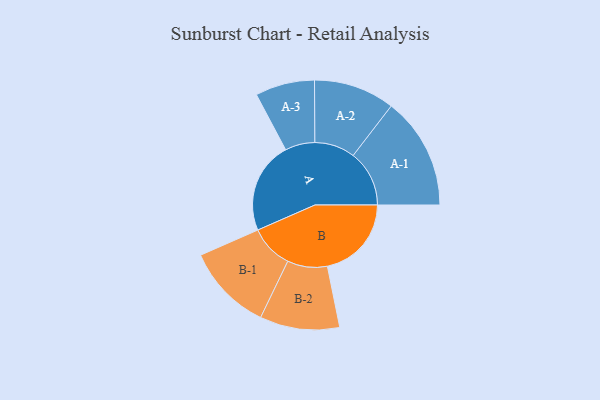
{"axis": {"x": "Segment", "y": "Value"}, "legend": ["", "A", "B"], "data": [{"x": "A", "y": 469, "type": ""}, {"x": "B", "y": 430, "type": ""}, {"x": "A-1", "y": 287, "type": "A"}, {"x": "A-2", "y": 207, "type": "A"}, {"x": "A-3", "y": 152, "type": "A"}, {"x": "B-1", "y": 222, "type": "B"}, {"x": "B-2", "y": 204, "type": "B"}]}